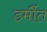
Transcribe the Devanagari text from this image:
डर्मौत